Report of the Indian Hemp Drugs Commission, 1894-1895 - Volume VII
Year: 1894
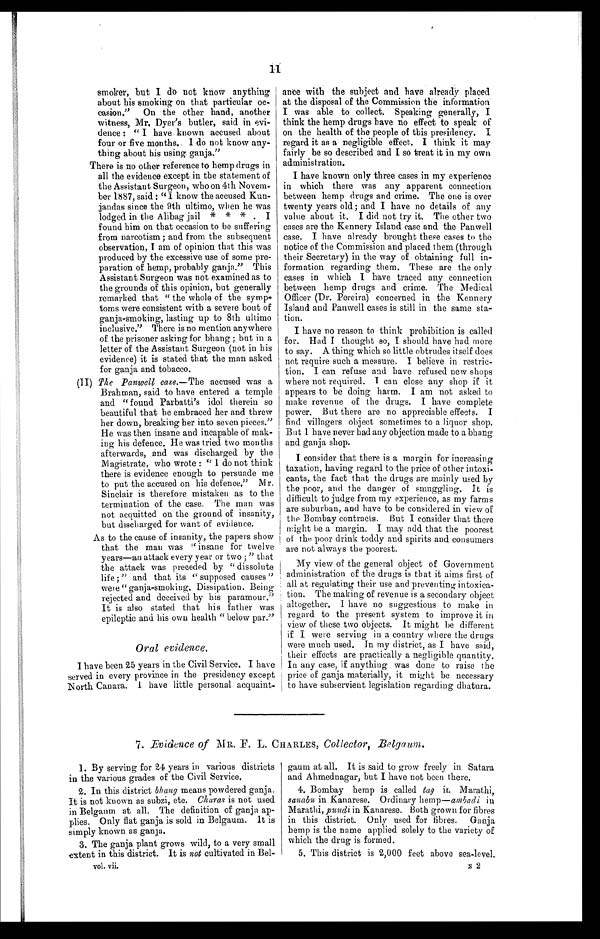
11
smoker, but I do not know anything
about his smoking on that particular oc
-
casion." On the other hand, another
witness, Mr. Dyer's butler, said in evi
-
dence: "I have known accused about
four or five months. I do not know any
-
thing about his using. ganja."
There is no other reference to hemp drugs in
all the evidence except in the statement of
the Assistant Surgeon, who on 4th Novem
-
ber 1887, said: "I know the accused Kun
-
jandas since the 9th ultimo, when he was
lodged in the Alibag jail * * * . I
found him on that occasion to be suffering
from narcotism ; and from the subsequent
observation, I am of opinion that this was
produced by the excessive use of some pre
-
paration of hemp, probably ganja." This
Assistant Surgeon was not examined as to
the grounds of this opinion, but generally
remarked that "the whole of the symp
-
t o m s w e r e c o n s i s t e n t w i t h a s e v e r e b o u t o f
ganja-smoking, lasting up to 8th ultimo
inclusive." There is no mention anywhere
of the prisoner asking for bhang; but in a
letter of the Assistant Surgeon (not in his
evidence) it is stated that the man asked
for ganja and tobacco.
(II) The Panwell case.—T h e
a c c u s e d w a s a
Brahman, said to have entered a temple
and "found Parbatti's idol therein so
beautiful that he embraced her and threw
her down, breaking her into seven pieces."
He was then insane and incapable of mak
-
i n g h i s d e f e n c e . H e w a s t r i e d t w o m o n t h s
afterwards, and was discharged by the
Magistrate, who wrote : " I do not think
there is evidence enough to persuade me
to put the accused on his defence." Mr.
Sinclair is therefore mistaken as to the
termination of the case. The man was
not acquitted on the ground of insanity,
but discharged for want of evidence.
As to the cause of insanity, the papers show
that the man was "insane for twelve
years—an attack every year or two ;" that
the attack was preceded by "dissolute
life ;" and that its "supposed causes"
were "ganja-smoking. Dissipation. Being
rejected and deceived by his paramour."
It is also stated that his father was
epileptic and his own health "below par."
Oral evidence.
I have been 25 years in the Civil Service. I have
served in every province in the presidency except
North Canara. I have little personal acquaint-
ance with the subject and have already placed
at the disposal of the Commission the information
I was able to collect. Speaking generally, I
think the hemp drugs have no effect to speak of
on the health of the people of this presidency. I
regard it as a negligible effect. I think it may
fairly be so described and I so treat it in my own
administration.
I have known only three cases in my experience
in which there was any apparent connection
between hemp drugs and crime. The one is over
twenty years old; and I have no details of any
value about it. I did not try it. The other two
cases are the Kennery Island case and the Panwell
case. I have already brought these cases to the
notice of the Commission and placed them (through
their Secretary) in the way of obtaining full in
-
formation regarding them. These are the only
cases in which I have traced any connection
between hemp drugs and crime. The Medical
Officer (Dr. Pereira) concerned in the Kennery
Island and Panwell cases is still in the same sta
- t i o n .
I have no reason to think prohibition is called
for. Had I thought so, I should have had more
to say. A thing which so little obtrudes itself does
not require such a measure. I believe in restric
- tion. I can refuse and have refused new shops
where not requi red. I can cl ose any shop i f i t
appears to be doing harm. I am not asked to
make revenue of the drugs. I have complete
power. But there are no appreciable effects. I
find villagers object sometimes to a liquor shop.
B u t I h a v e n e v e r h a d a n y o b j e c t i o n m a d e t o a b h a n g
and ganja shop.
I consider that there is a margin for increasing
taxation, having regard to the price of other intoxi
- cants, the fact that the drugs are mainly used by
the poor, and the danger of smuggling. It is
difficult to judge from my experience, as my farms
are suburban, and have to be considered in view of
the Bombay contracts. But I consider that there
might be a margin. I may add that the poorest
of the poor drink toddy and spirits and consumers
are not always the poorest.
My view of the general object of Government
administration of the drugs is that it aims first of
all at regulating their use and preventing intoxica
- tion. The making of revenue is a secondary object
altogether. I have no suggestions to make in
regard to the present system to improve it in
view of these two objects. It might be different
if I were serving in a country where the drugs
were much used. In my district, as I have said,
their effects are practically a negligible quantity.
In any case, if anything was done to raise the
price of ganja materially, it might be necessary
to have subservient legislation regarding dhatura.
7. Evidence of MR. F. L. CHARLES, Collector, Belgaum.
1. By serving for 24 years in various districts
in the various grades of the Civil Service.
2.In this district b h a n g
m e a n s p o w d e r e d g a n j a .
It is not known as subzi, etc. Charas is not used
in Belgaum at all. The definition of ganja ap
-
pl i e s . Onl y f l a t ga nj a i s s ol d i n Be l ga um. I t i s
simply known as ganja.
3. The ganja plant grows wild, to a very small
extent in this district. It is not cultivated in Bel
-
vol. vii.
gaum at all. It is said to grow freely in Satara
and Ahmednagar, but I have not been there.
4.Bombay hemp is called tagin Marathi,
sanabu in Kanarese. Ordinary hemp— ambadi in
Marathi, pundi in Kanarese. Both grown for fibres
in this district. Only used for fibres. Ganja
hemp is the name applied solely to the variety of
which the drug is formed.
5.This district is 2,000 feet above sea-level.
E 2